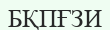
БҚПҒЗИ